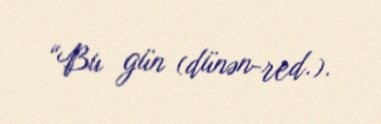
“Bu gün (dünən-red.).